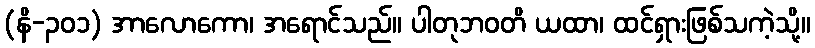
(နိ-၃၀၁) အာလောကော၊ အရောင်သည်။ ပါတုဘဝတိ ယထာ၊ ထင်ရှားဖြစ်သကဲ့သို့။